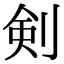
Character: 剣